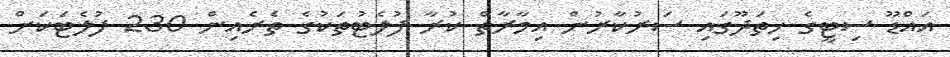
އައްޑޫ ސިޓީގެ ހިތަދޫގައި ސަރުކާރުން އިމާރާތް ކުރާ ފުލެޓުތަކުގެ ތެރެއިން 230 ފުލެޓަކަށް